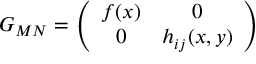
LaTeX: G _ { M N } = \left( \begin{array} { c c } { { f ( x ) } } & { { 0 } } \\ { { 0 } } & { { h _ { i j } ( x , y ) } } \end{array} \right)